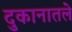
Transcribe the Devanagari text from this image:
दुकानातले